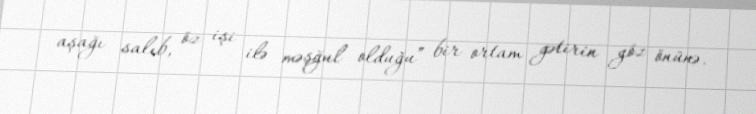
aşağı salıb, öz işi ilə məşğul olduğu” bir ortam gətirin göz önünə.